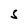
Character: S